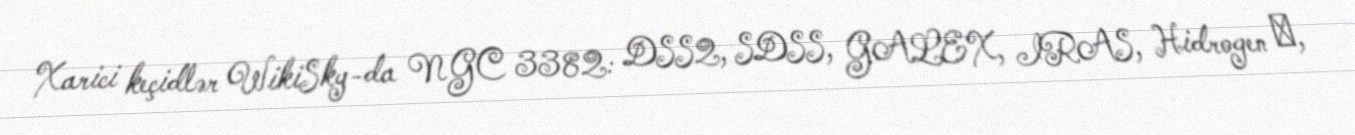
Xarici keçidlər WikiSky-da NGC 3382: DSS2, SDSS, GALEX, IRAS, Hidrogen α,